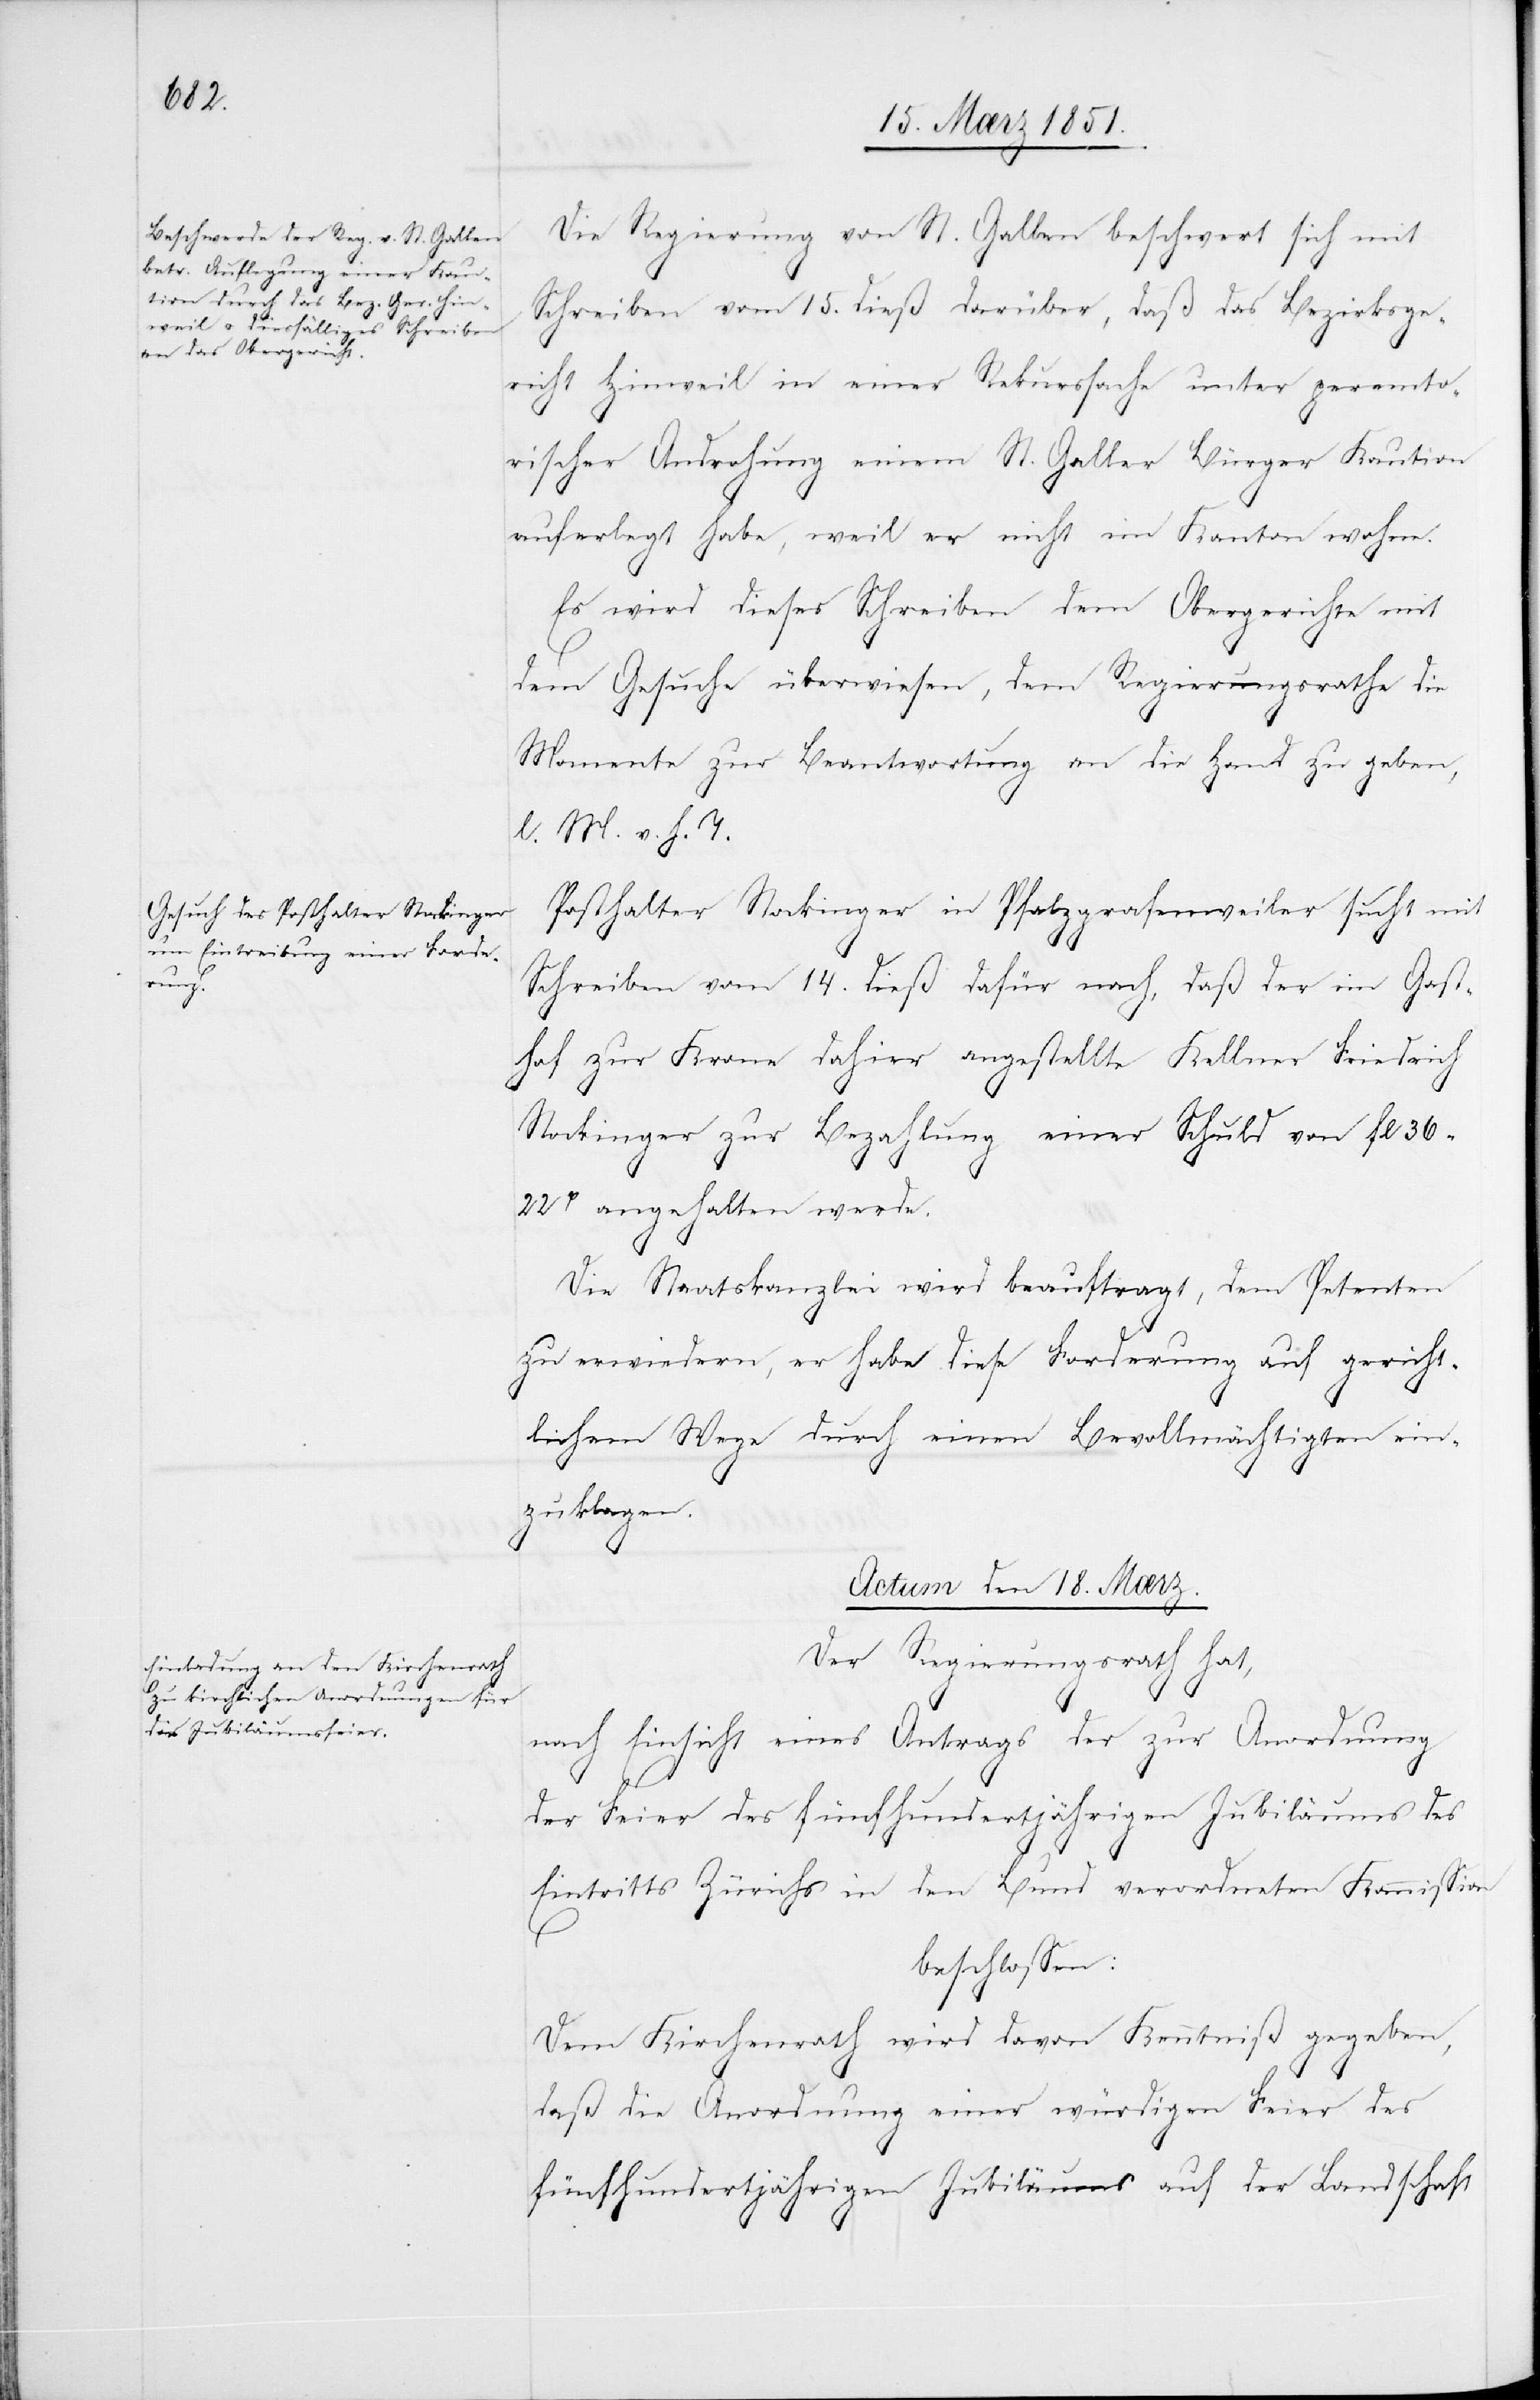
Die Regierung von St. Gallen beschwert sich mit
Schreiben vom 15. dieß darüber, daß das Bezirksge¬
richt Hinweil in einer Rekurssache unter peremto¬
rischer Androhung einem St. Galler Bürger Kaution
auferlegt habe, weil er nicht im Kanton wohne.
Es wird dieses Schreiben dem Obergerichte mit
dem Gesuche überwiesen, dem Regierungsrathe die
Momente zur Beantwortung an die Hand zu geben,
l. M. v. h. T.
Posthalter Stockinger in Pfalzgrafenweiler sucht mit
Schreiben vom 14. dieß dafür nach, daß der im Gast¬
hof zur Krone dahier angestellte Kellner Friedrich
Stockinger zur Bezahlung einer Schuld von fl 36
22rp[en] angehalten werde.
Die Staatskanzlei wird beauftragt, dem Petenten
zu erwiedern, er habe diese Forderung auf gericht¬
lichem Wege durch einen Bevollmächtigten ein¬
zuklagen.
Actum den 18. Mærz.
Der Regierungsrath hat,
nach Einsicht eines Antrags der zur Anordnung
der Feier des fünfhundertjährigen Jubiläums des
Eintritts Zürichs in den Bund verordneten Kommission
beschlossen:
Dem Kirchenrath wird davon Kenntniß gegeben,
daß die Anordnung einer würdigen Feier des
fünfhundertjährigen Jubiläums auf der Landschaft